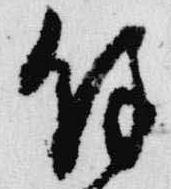
余